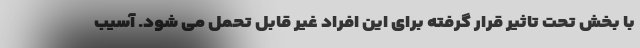
با بخش تحت تاثیر قرار گرفته برای این افراد غیر قابل تحمل می شود. آسیب